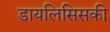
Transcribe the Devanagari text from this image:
डायलिसिसकी